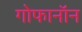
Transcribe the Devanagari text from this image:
गोफानॉन